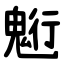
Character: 䰢